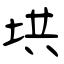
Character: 垬